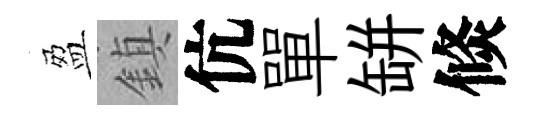
盈鎮伉單缾倐